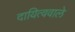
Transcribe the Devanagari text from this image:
दायित्ववाले